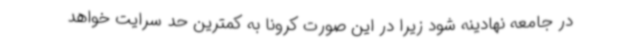
در جامعه نهادینه شود زیرا در این صورت کرونا به کمترین حد سرایت خواهد